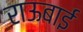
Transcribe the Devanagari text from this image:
राऊबाई